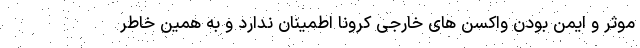
موثر و ایمن بودن واکسن های خارجی کرونا اطمینان ندارد و به همین خاطر